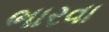
ભારવા